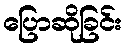
ပြောဆိုခြင်း